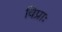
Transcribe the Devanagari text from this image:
विप्राः